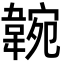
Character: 𩎺